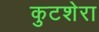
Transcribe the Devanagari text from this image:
कुटशेरा